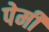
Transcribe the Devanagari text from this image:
पेर्मी